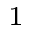
_ 1